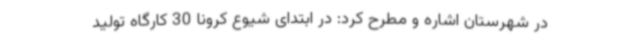
در شهرستان اشاره و مطرح کرد: در ابتدای شیوع کرونا 30 کارگاه تولید